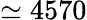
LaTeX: \simeq 4570